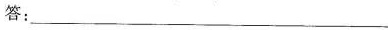
答：___